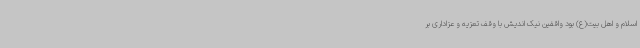
اسلام و اهل بیت(ع) بود واقفین نیک اندیش با وقف تعزیه و عزاداری بر